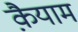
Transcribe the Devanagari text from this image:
क़ैयाम